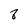
Character: 8